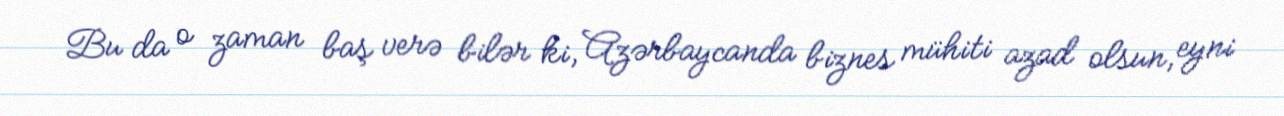
Bu da o zaman baş verə bilər ki, Azərbaycanda biznes mühiti azad olsun, eyni